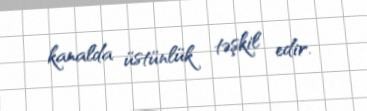
kanalda üstünlük təşkil edir.